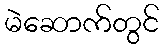
မဲဆောက်တွင်